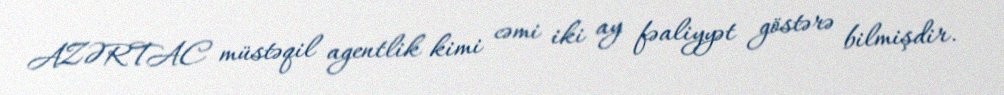
AZƏRTAC müstəqil agentlik kimi cəmi iki ay fəaliyyət göstərə bilmişdir.